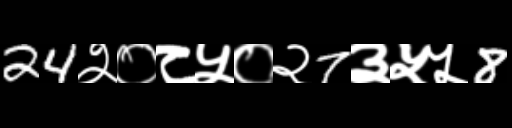
Text: 24२०८५०२7३५५8